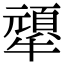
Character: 㹕